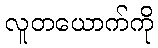
လူတယောက်ကို